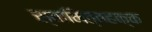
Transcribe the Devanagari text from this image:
स्वामित्वहक्क